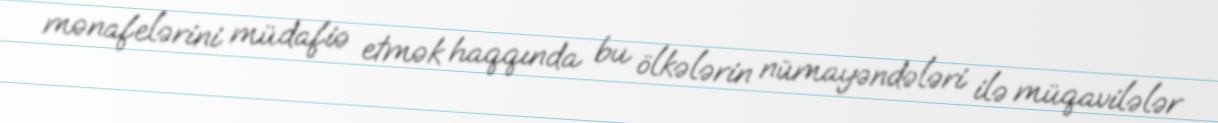
mənafelərini müdafiə etmək haqqında bu ölkələrin nümayəndələri ilə müqavilələr